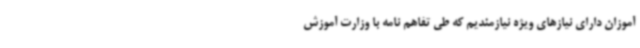
آموزان دارای نیازهای ویژه نیازمندیم که طی تفاهم نامه با وزارت آموزش